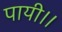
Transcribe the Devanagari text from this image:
पायी।।